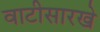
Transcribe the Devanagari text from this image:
वाटीसारखे